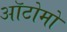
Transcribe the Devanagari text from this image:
ऑटोमो